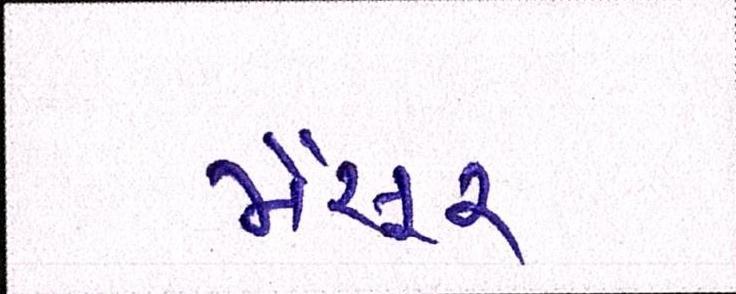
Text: મૈસૂર